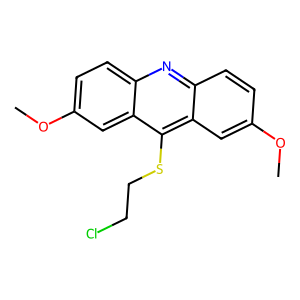
SMILES: COc1ccc2nc3ccc(OC)cc3c(SCCCl)c2c1
Inhibits HIV replication: No